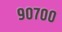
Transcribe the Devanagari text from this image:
९०७००